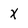
Character: x